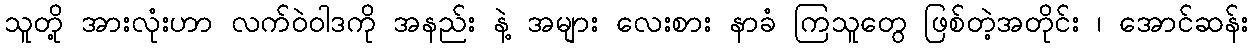
သူတို့ အားလုံးဟာ လက်ဝဲဝါဒကို အနည်း နဲ့ အများ လေးစား နာခံ ကြသူတွေ ဖြစ်တဲ့အတိုင်း ၊ အောင်ဆန်း